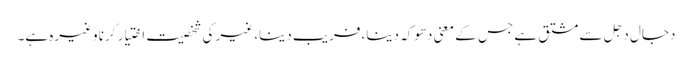
دجال دَجَل سے مشتق ہے جس کے معنی دھوکہ دینا، فریب دینا، غیر کی شخصیت اختیار کرنا وغیرہ ہے۔